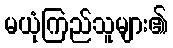
မယုံကြည်သူများ၏